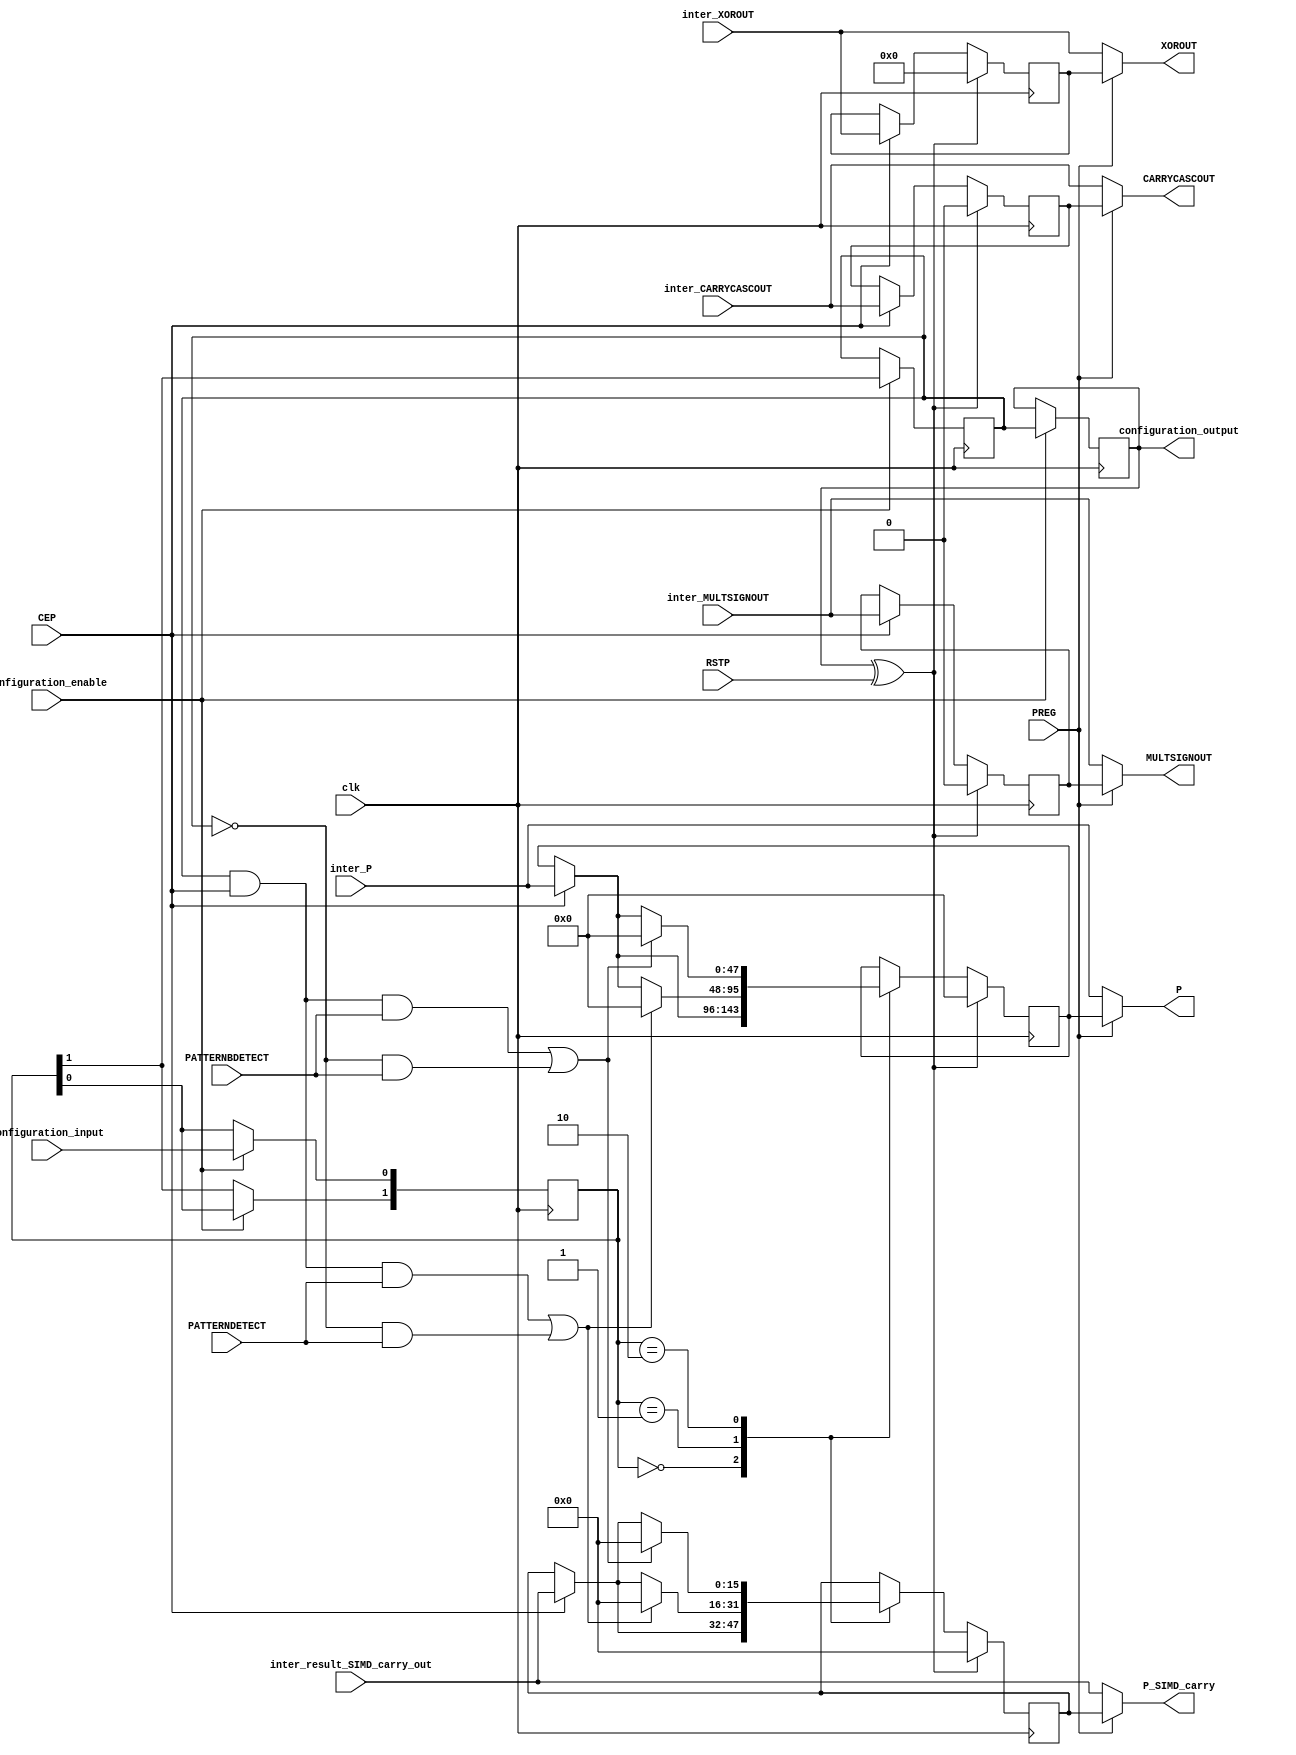
/*****************************************************************
*	Configuration bits order :
*			AUTORESET_PATDET[0] <= configuration_input;
*			AUTORESET_PATDET[1] <= AUTORESET_PATDET[0];
*			AUTORESET_PRIORITY <= AUTORESET_PATDET[1];
*			IS_RSTP_INVERTED <= AUTORESET_PRIORITY;
*			configuration_output = IS_RSTP_INVERTED
*****************************************************************/
`timescale 1 ns / 100 ps  
module output_manager_proposed (
		clk,

		RSTP,
		CEP,
		
		inter_MULTSIGNOUT,
		inter_CARRYCASCOUT,
		inter_XOROUT,
		inter_P,
		inter_result_SIMD_carry_out,
		
		PATTERNDETECT,		
		PATTERNBDETECT,
		
		PREG,

		MULTSIGNOUT,
		CARRYCASCOUT,
		XOROUT,
		P,
		P_SIMD_carry,
		
		configuration_input,
		configuration_enable,
		configuration_output
	);	
	
	// parameters 
	parameter input_freezed = 1'b0;
	parameter precision_loss_width = 16;
	
	
	// input and outputs 
	input clk;

	input RSTP;
	input CEP;
	
	input inter_MULTSIGNOUT;
	input inter_CARRYCASCOUT;
	input [7:0] inter_XOROUT;
	input [47:0] inter_P;
	input [precision_loss_width-1:0] inter_result_SIMD_carry_out;
	
	input PATTERNDETECT;
	input PATTERNBDETECT;
	
	input PREG;

	output reg MULTSIGNOUT;
	output reg CARRYCASCOUT;
	output reg [7:0] XOROUT;
	output reg [47:0] P;
	output reg [precision_loss_width-1:0] P_SIMD_carry;
	
	input configuration_input;
	input configuration_enable;
	output configuration_output;
		
	
	
	
	
	
	// configuring bits
	reg [1:0] AUTORESET_PATDET;
	reg AUTORESET_PRIORITY;
	reg IS_RSTP_INVERTED;
		
	always@(posedge clk)begin
		if (configuration_enable)begin
			AUTORESET_PATDET[0] <= configuration_input;
			AUTORESET_PATDET[1] <= AUTORESET_PATDET[0];
			AUTORESET_PRIORITY <= AUTORESET_PATDET[1];
			IS_RSTP_INVERTED <= AUTORESET_PRIORITY;
		end
	end
	assign configuration_output = IS_RSTP_INVERTED;
	
	// output_manager	
	reg inter_MULTSIGNOUT_reg;
	reg [47:0] inter_PCOUT_reg;
	reg inter_CARRYCASCOUT_reg;
	reg [7:0] inter_XOROUT_reg;
	reg [47:0] inter_P_reg;
	reg [15:0] inter_result_SIMD_carry_out_reg;
	
	wire RSTP_xored;
	assign RSTP_xored = IS_RSTP_INVERTED ^ RSTP;
	
	always@(posedge clk) begin
		if (RSTP_xored) begin
			inter_P_reg <= 48'b0;
			inter_result_SIMD_carry_out_reg <= 16'b0;
		end
		else begin
			case (AUTORESET_PATDET) 
				2'b00: begin
					if (CEP) begin
						inter_P_reg <= inter_P;
						inter_result_SIMD_carry_out_reg <= inter_result_SIMD_carry_out;
					end	
				end
				2'b01: begin
					if ((AUTORESET_PRIORITY && CEP && PATTERNDETECT) || ((~AUTORESET_PRIORITY)  && PATTERNDETECT))begin
							inter_P_reg <= 48'b0;
							inter_result_SIMD_carry_out_reg <= 16'b0;
					end else if (CEP) begin
						inter_P_reg <= inter_P;
						inter_result_SIMD_carry_out_reg <= inter_result_SIMD_carry_out;
					end	
				end
				2'b10: begin
					if ((AUTORESET_PRIORITY && CEP && PATTERNBDETECT) || ((~AUTORESET_PRIORITY)  && PATTERNBDETECT))begin
							inter_P_reg <= 48'b0;
							inter_result_SIMD_carry_out_reg <= 16'b0;
					end else if (CEP) begin
						inter_P_reg <= inter_P;
						inter_result_SIMD_carry_out_reg <= inter_result_SIMD_carry_out;
					end	
				end
			endcase
		end	
		
	end
	
	always@(posedge clk) begin
		if (RSTP_xored) begin
			inter_MULTSIGNOUT_reg <= 1'b0;
			inter_CARRYCASCOUT_reg <= 1'b0;
			inter_XOROUT_reg <= 8'b0;
		end	
		else if (CEP) begin
			inter_MULTSIGNOUT_reg <= inter_MULTSIGNOUT;
			inter_CARRYCASCOUT_reg <= inter_CARRYCASCOUT;
			inter_XOROUT_reg <= inter_XOROUT;
		end	
	end
	
	always@(*)begin
		if (input_freezed | PREG) begin
			MULTSIGNOUT = inter_MULTSIGNOUT_reg;
			XOROUT = inter_XOROUT_reg;
		end
		else begin
			MULTSIGNOUT = inter_MULTSIGNOUT;
			XOROUT = inter_XOROUT;
		end
	end
	
	always@(*)begin
		if (input_freezed | PREG) begin
			CARRYCASCOUT = inter_CARRYCASCOUT_reg;
			P = inter_P_reg;
			P_SIMD_carry = inter_result_SIMD_carry_out_reg;
		end
		else begin
			CARRYCASCOUT = inter_CARRYCASCOUT;
			P = inter_P;
			P_SIMD_carry = inter_result_SIMD_carry_out;
		end
	end
	
	
endmodule